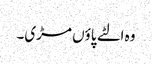
وہ الٹے پاؤں مڑی۔